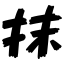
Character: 抹